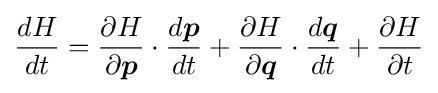
{\frac {dH}{dt}}={\frac {\partial H}{\partial {\boldsymbol {p}}}}\cdot {\frac {d{\boldsymbol {p}}}{dt}}+{\frac {\partial H}{\partial {\boldsymbol {q}}}}\cdot {\frac {d{\boldsymbol {q}}}{dt}}+{\frac {\partial H}{\partial t}}